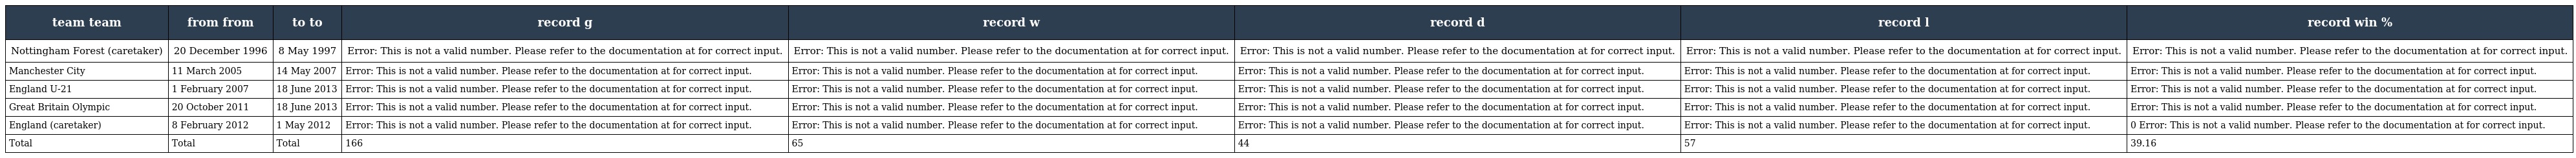
| team team | from from | to to | record g | record w | record d | record l | record win % |
 | --- | --- | --- | --- | --- | --- | --- | --- |
 | Nottingham Forest (caretaker) | 20 December 1996 | 8 May 1997 | Error: This is not a valid number. Please refer to the documentation at for correct input. | Error: This is not a valid number. Please refer to the documentation at for correct input. | Error: This is not a valid number. Please refer to the documentation at for correct input. | Error: This is not a valid number. Please refer to the documentation at for correct input. | Error: This is not a valid number. Please refer to the documentation at for correct input. |
 | Manchester City | 11 March 2005 | 14 May 2007 | Error: This is not a valid number. Please refer to the documentation at for correct input. | Error: This is not a valid number. Please refer to the documentation at for correct input. | Error: This is not a valid number. Please refer to the documentation at for correct input. | Error: This is not a valid number. Please refer to the documentation at for correct input. | Error: This is not a valid number. Please refer to the documentation at for correct input. |
 | England U-21 | 1 February 2007 | 18 June 2013 | Error: This is not a valid number. Please refer to the documentation at for correct input. | Error: This is not a valid number. Please refer to the documentation at for correct input. | Error: This is not a valid number. Please refer to the documentation at for correct input. | Error: This is not a valid number. Please refer to the documentation at for correct input. | Error: This is not a valid number. Please refer to the documentation at for correct input. |
 | Great Britain Olympic | 20 October 2011 | 18 June 2013 | Error: This is not a valid number. Please refer to the documentation at for correct input. | Error: This is not a valid number. Please refer to the documentation at for correct input. | Error: This is not a valid number. Please refer to the documentation at for correct input. | Error: This is not a valid number. Please refer to the documentation at for correct input. | Error: This is not a valid number. Please refer to the documentation at for correct input. |
 | England (caretaker) | 8 February 2012 | 1 May 2012 | Error: This is not a valid number. Please refer to the documentation at for correct input. | Error: This is not a valid number. Please refer to the documentation at for correct input. | Error: This is not a valid number. Please refer to the documentation at for correct input. | Error: This is not a valid number. Please refer to the documentation at for correct input. | 0 Error: This is not a valid number. Please refer to the documentation at for correct input. |
 | Total | Total | Total | 166 | 65 | 44 | 57 | 39.16 |